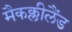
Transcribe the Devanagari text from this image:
मैकक्लीलैंड